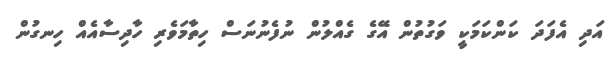
އަދި އެފަދަ ކަންކަމަކީ ވަގުތުން އޭގެ ގެއްލުން ނުފެނުނަސް ހިތާމަވެރި ހާދިސާއެއް ހިނގުން